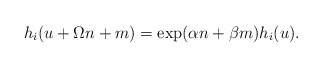
\begin{align*}h_i(u+\Omega n+m)=\exp (\alpha n+\beta m)h_i(u).\end{align*}